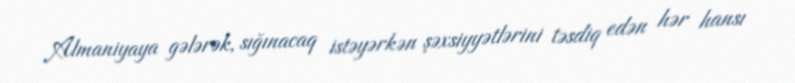
Almaniyaya gələrək, sığınacaq istəyərkən şəxsiyyətlərini təsdiq edən hər hansı